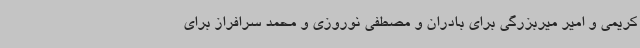
کریمی و امیر میربزرگی برای بادران و مصطفی نوروزی و محمد سرافراز برای